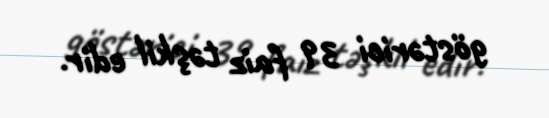
göstərici 39 faiz təşkil edir.